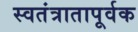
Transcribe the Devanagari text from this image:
स्वतंत्रातापूर्वक